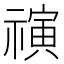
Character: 𰨒